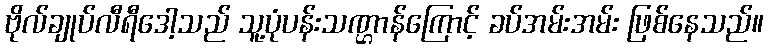
ဗိုလ်ချုပ်လီရီဒေါ့သည် သူ့ပုံပန်းသဏ္ဌာန်ကြောင့် ခပ်အမ်းအမ်း ဖြစ်နေသည်။